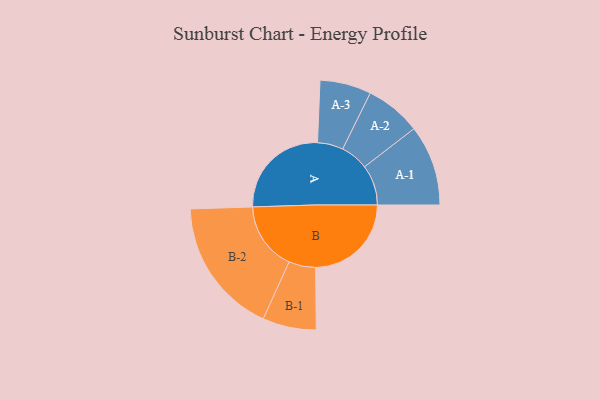
{"axis": {"x": "Segment", "y": "Value"}, "legend": ["", "A", "B"], "data": [{"x": "A", "y": 440, "type": ""}, {"x": "B", "y": 418, "type": ""}, {"x": "A-1", "y": 176, "type": "A"}, {"x": "A-2", "y": 122, "type": "A"}, {"x": "A-3", "y": 112, "type": "A"}, {"x": "B-1", "y": 117, "type": "B"}, {"x": "B-2", "y": 298, "type": "B"}]}